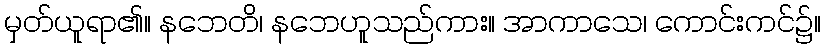
မှတ်ယူရာ၏။ နဘေတိ၊ နဘေဟူသည်ကား။ အာကာသေ၊ ကောင်းကင်၌။